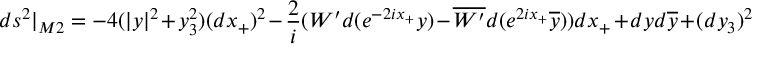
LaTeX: d s ^ { 2 } | _ { M 2 } = - 4 ( | y | ^ { 2 } + y _ { 3 } ^ { 2 } ) ( d x _ { + } ) ^ { 2 } - { \frac { 2 } { i } } ( W ^ { \prime } d ( e ^ { - 2 i x _ { + } } y ) - \overline { { { W ^ { \prime } } } } d ( e ^ { 2 i x _ { + } } \overline { { { y } } } ) ) d x _ { + } + d y d \overline { { { y } } } + ( d y _ { 3 } ) ^ { 2 }